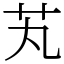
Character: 芄